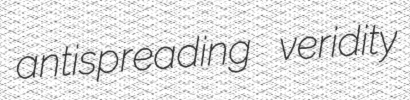
antispreading veridity